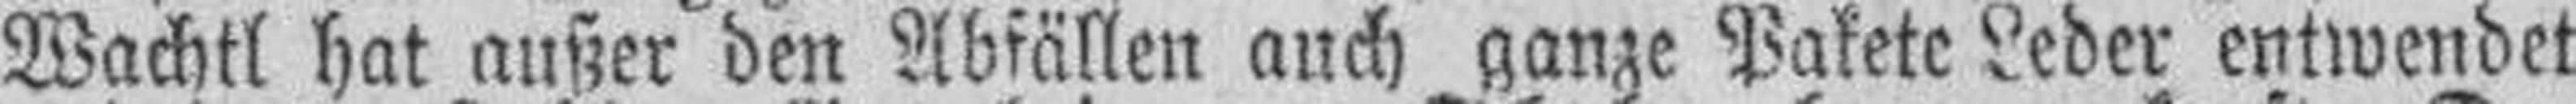
Wachtl hat außer den Abfällen auch ganze Pakete Leder entwendet